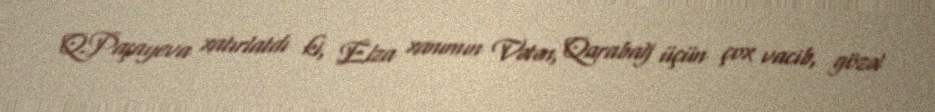
Q.Paşayeva xatırlatdı ki, Elza xanımın Vətən, Qarabağ üçün çox vacib, gözəl